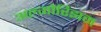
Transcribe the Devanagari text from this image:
अल्गोरिझम